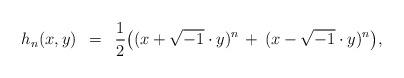
LaTeX: \begin{align*}h_n(x,y)\, \,\,= \,\,\,\frac{1}{2} \bigl( (x+\sqrt{-1}\cdot y)^n \, + \,(x-\sqrt{-1} \cdot y)^n \bigr), \end{align*}